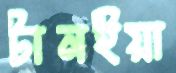
টানইয়া